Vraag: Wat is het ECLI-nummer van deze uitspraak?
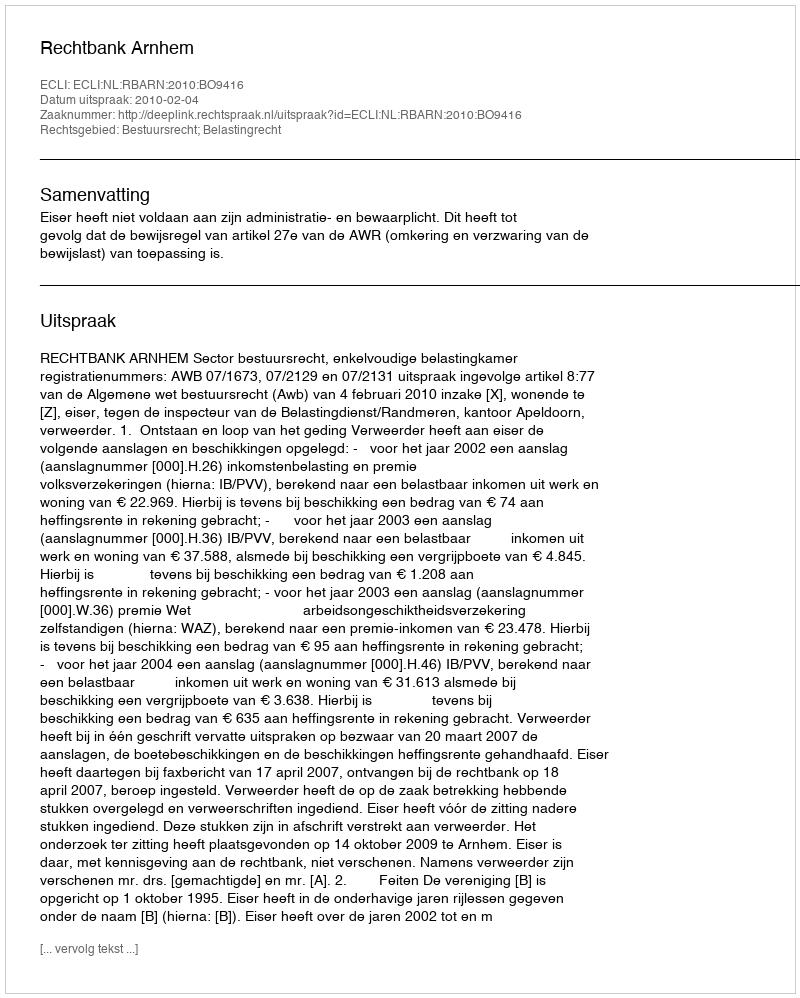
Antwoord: ECLI:NL:RBARN:2010:BO9416